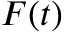
F ( t )